Annual administration report of the Civil Veterinary Department of India - 1897-1898
Year: 1897
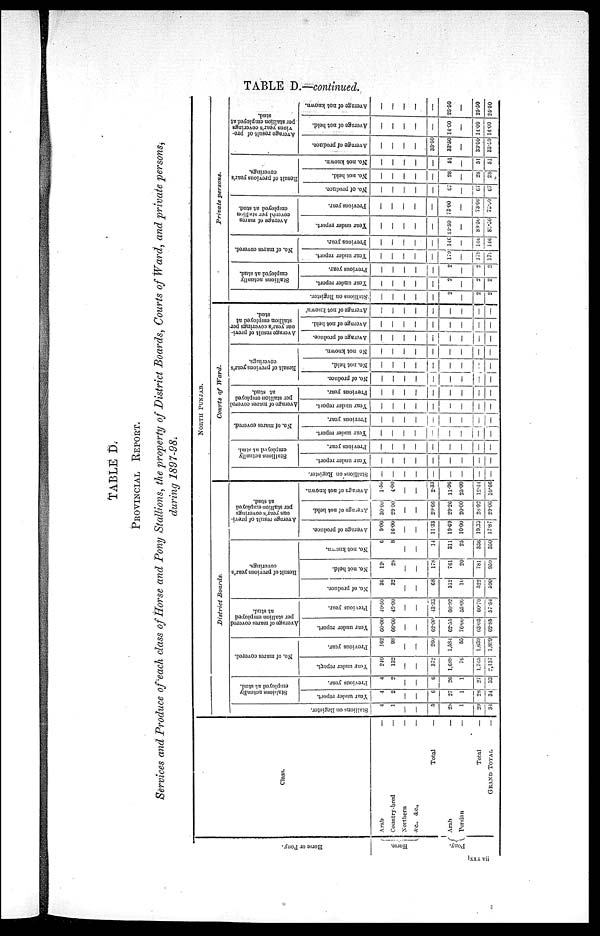
TABLE D.—continued.
TABLE D.
PROVINCIAL REPORT.
Services and Produce of each class of Horse and Pony Stallions, the property of District Boards, Courts of Ward, and private persons,
during 1897-98.
Hor s e or Pony.
Horse.
Pony.
Class
Arab
Country—bred
Northern
&c., &c.,
Arab
Persian
—
—
—
—
Total
—
—
—
Total
—
GRAND TOTAL. —
NORTH PUNJAB..
District
Boards.
Stallions on Register.
4
1
—
—
5
28
1
29
34
Stallions actually
employed at stud.
Year under
report.
4
2
—
—
6
27
1
28
34.
Previous year.
4
2
—
—
6
26
1
27
33
No. of mares covered.
Year under report.
240
132
—
—
372
1,689
76
1,765
2,137
Previous year.
162
98
—
—
260
l,584
55
1,639
1,899
Average of mares covered
per stallion employed
at stud.
Year under report.
60.00
66.60
—
—
62.00
62.55
76.00
63.03
62.85
Previous year.
40.50
49.00
—
—
43.33
60.92
55.00
60.70
57.54
Result of previous year's
coverings.
No. of produce.
36
32
—
—
68
512
10
522
590
No. not held.
12
28
—
—
178
761
20
781
959
No. not known.
6
8
—
—
14
311
25
336
350
Average result of previ—
ous year's coverings
per stallion employed
at stud.
Average of produce.
9.00
16.00
—
—
11.33
19.69
10.00
19,33
17.87
Average
of not held.
30.00
2900
—
—
29.66
29.26
20.00
28.92
29.06
Averageof not known.
1.50
4.00
—
—
2.33
11.96
25.00
12.44
10.66
Courts of
Ward.
Stallions on Regi s t
er .
—
—
—
—
—
—
—
—
—
Stallions actually
employed at stud.
Year under report.
—
—
—
—
—
—
—
—
—
Previous year.
—
—
—
—
—
—
—
—
No. of mares covered.
Tear under report.
—
—
—
—
—
—
—
—
—
Previous year.
—
—
—
—
—
—
—
—
—
Average of mares covered
per stallion employed
at stud.
Year under report.
—
—
—
—
—
—
—
—
—
Previous year.
—
—
—
—
—
—
—
—
—
Result of previous year's
coverings.
No. of produce.
—
—
—
—
—
—
—
—
No. not held.
—
—
—
—
—
—
—
—
—
No not known.
—
—
—
—
—
—
—
—
—
Average result of previ—
ous year's coverings
per stallion employed
at stud.
Average of produce.
—
—
—
—
—
—
—
—
—
Average of not held.
—
—
—
—
—
—
—
—
—
Average of not known
—
—
—
—
—
—
—
—
—
Private persons
St al l
i
ons on Regi st er .
—
—
—
—
—
2
—
2
2
Stallions actually
employed at stud.
Year under report.
—
—
—
—
—
2
—
2
2
Previous year.
—
—
—
—
—
2
—
2
2
No. of mares covered.
Year under report.
—
—
—
—
—
179
—
179
179
Previous year.
—
—
—
—
—
146
—
146
146
Average of mares
covered per stallion
employed at stud.
Year
under report.
—
—
—
—
—
89.50
—
89.50
89.50
Previous year.
—
—
—
—
—
73.00
—
73.00
73.00
Result of previous
coverings.
No. of produce.
—
—
—
—
—
67
—
67
67
No. not held.
—
—
—
—
—
28
—
28
28
No. not known.
—
—
—
—
—
51
—
51
51
Average result of p
ous year's covering
per stallion employ
at stud.
Average of produce.
—
—
—
—
33.50
33.50
—
33.50
33.00
Average of not held.
—
—
—
—
—
14.00
—
14.00
14.00
Average of not known.
—
—
—
—
—
25.50
—
25.50
25.50
lxxx vii